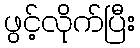
ဖွင့်လိုက်ပြီး